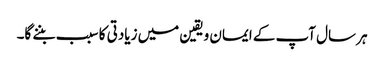
ہر سال آپ کے ایمان ویقین میں زیادتی کا سبب بننے گا۔